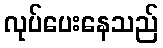
လုပ်ပေးနေသည်